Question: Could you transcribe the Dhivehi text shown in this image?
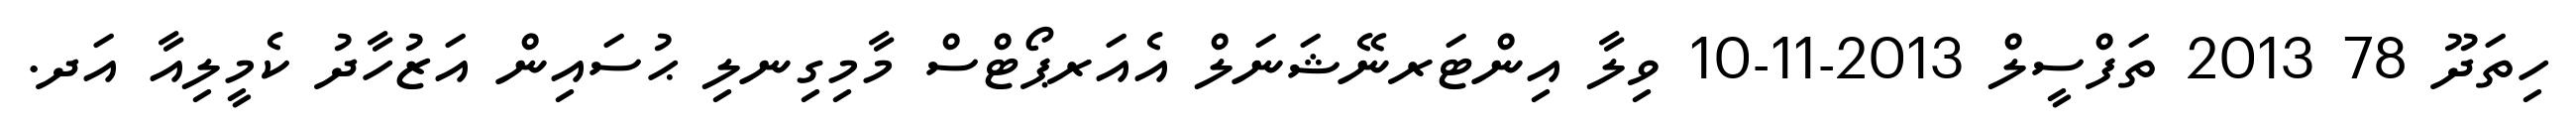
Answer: ހިތަދޫ 78 2013 ތަފްސީލް 2013-11-10 ވިލާ އިންޓަރނޭޝަނަލް އެއަރޕޯޓްސް މާމިގިނލި ޙުސައިން އަޒުހާދު ކެމީލިއާ އަދ.